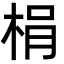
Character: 梋